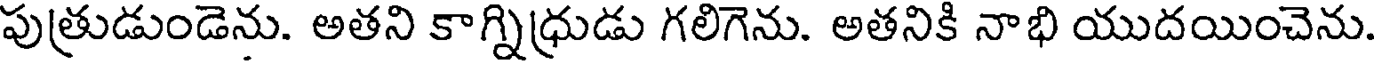
పుత్రుడుండెను. అతని కాగ్నిధ్రుడు గలిగెను. అతనికి నాభి యుదయించెను.